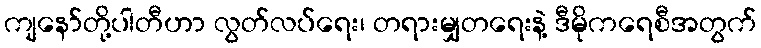
ကျနော်တို့ပါတီဟာ လွတ်လပ်ရေး၊ တရားမျှတရေးနဲ့ ဒီမိုကရေစီအတွက်